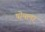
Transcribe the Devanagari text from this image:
षोषला